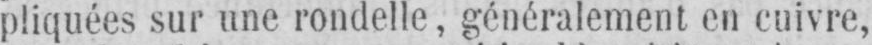
pliquées sur une rondelle, généralement en cuivre,